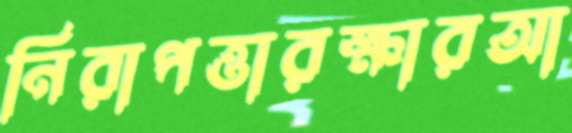
নিরাপত্তারক্ষারআ